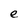
Character: e